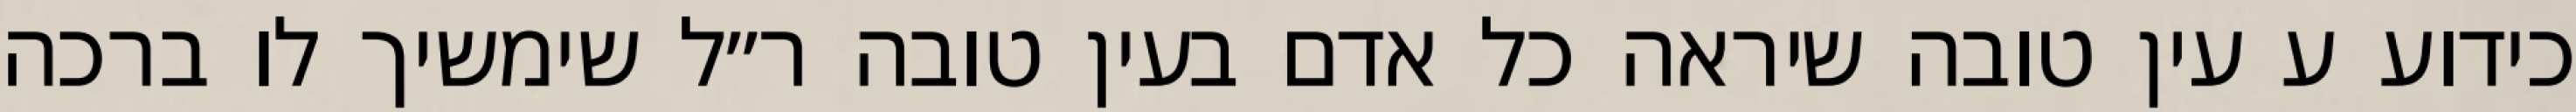
כידוע ע עין טובה שיראה כל אדם בעין טובה ר״ל שימשיך לו ברכה